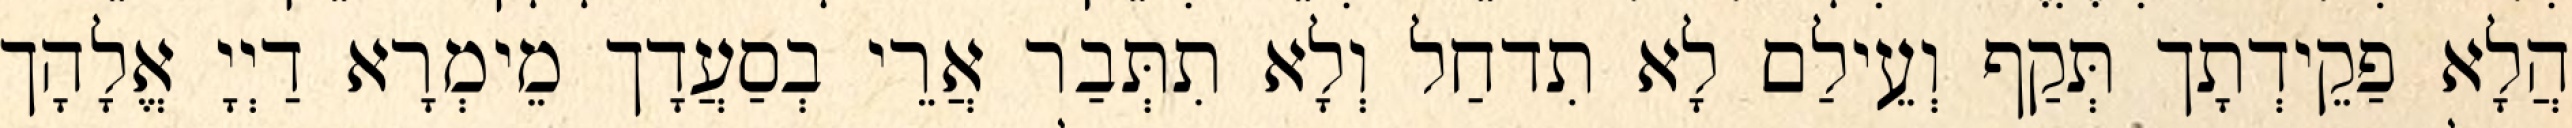
הֲלָא פַקֵידְתָך תְּקַף וְעֵילַם לָא תִדחַל וְלָא תִתְּבַר אֲרֵי בְסַעֲדָך מֵימְרָא דַיְיָ אֱלָהָך